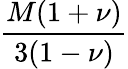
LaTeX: \frac{M(1+\nu)}{3(1-\nu)}